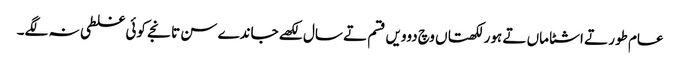
عام طور تے اشٹاماں تے ہور لکھتاں وچ دوویں قسم تے سال لکھے جاندے سن تانجے کوئی غلطی نہ لگے۔